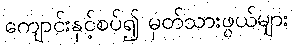
ကျောင်းနှင့်စပ်၍ မှတ်သားဖွယ်များ